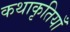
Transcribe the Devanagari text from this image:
कथाकृतियाँ